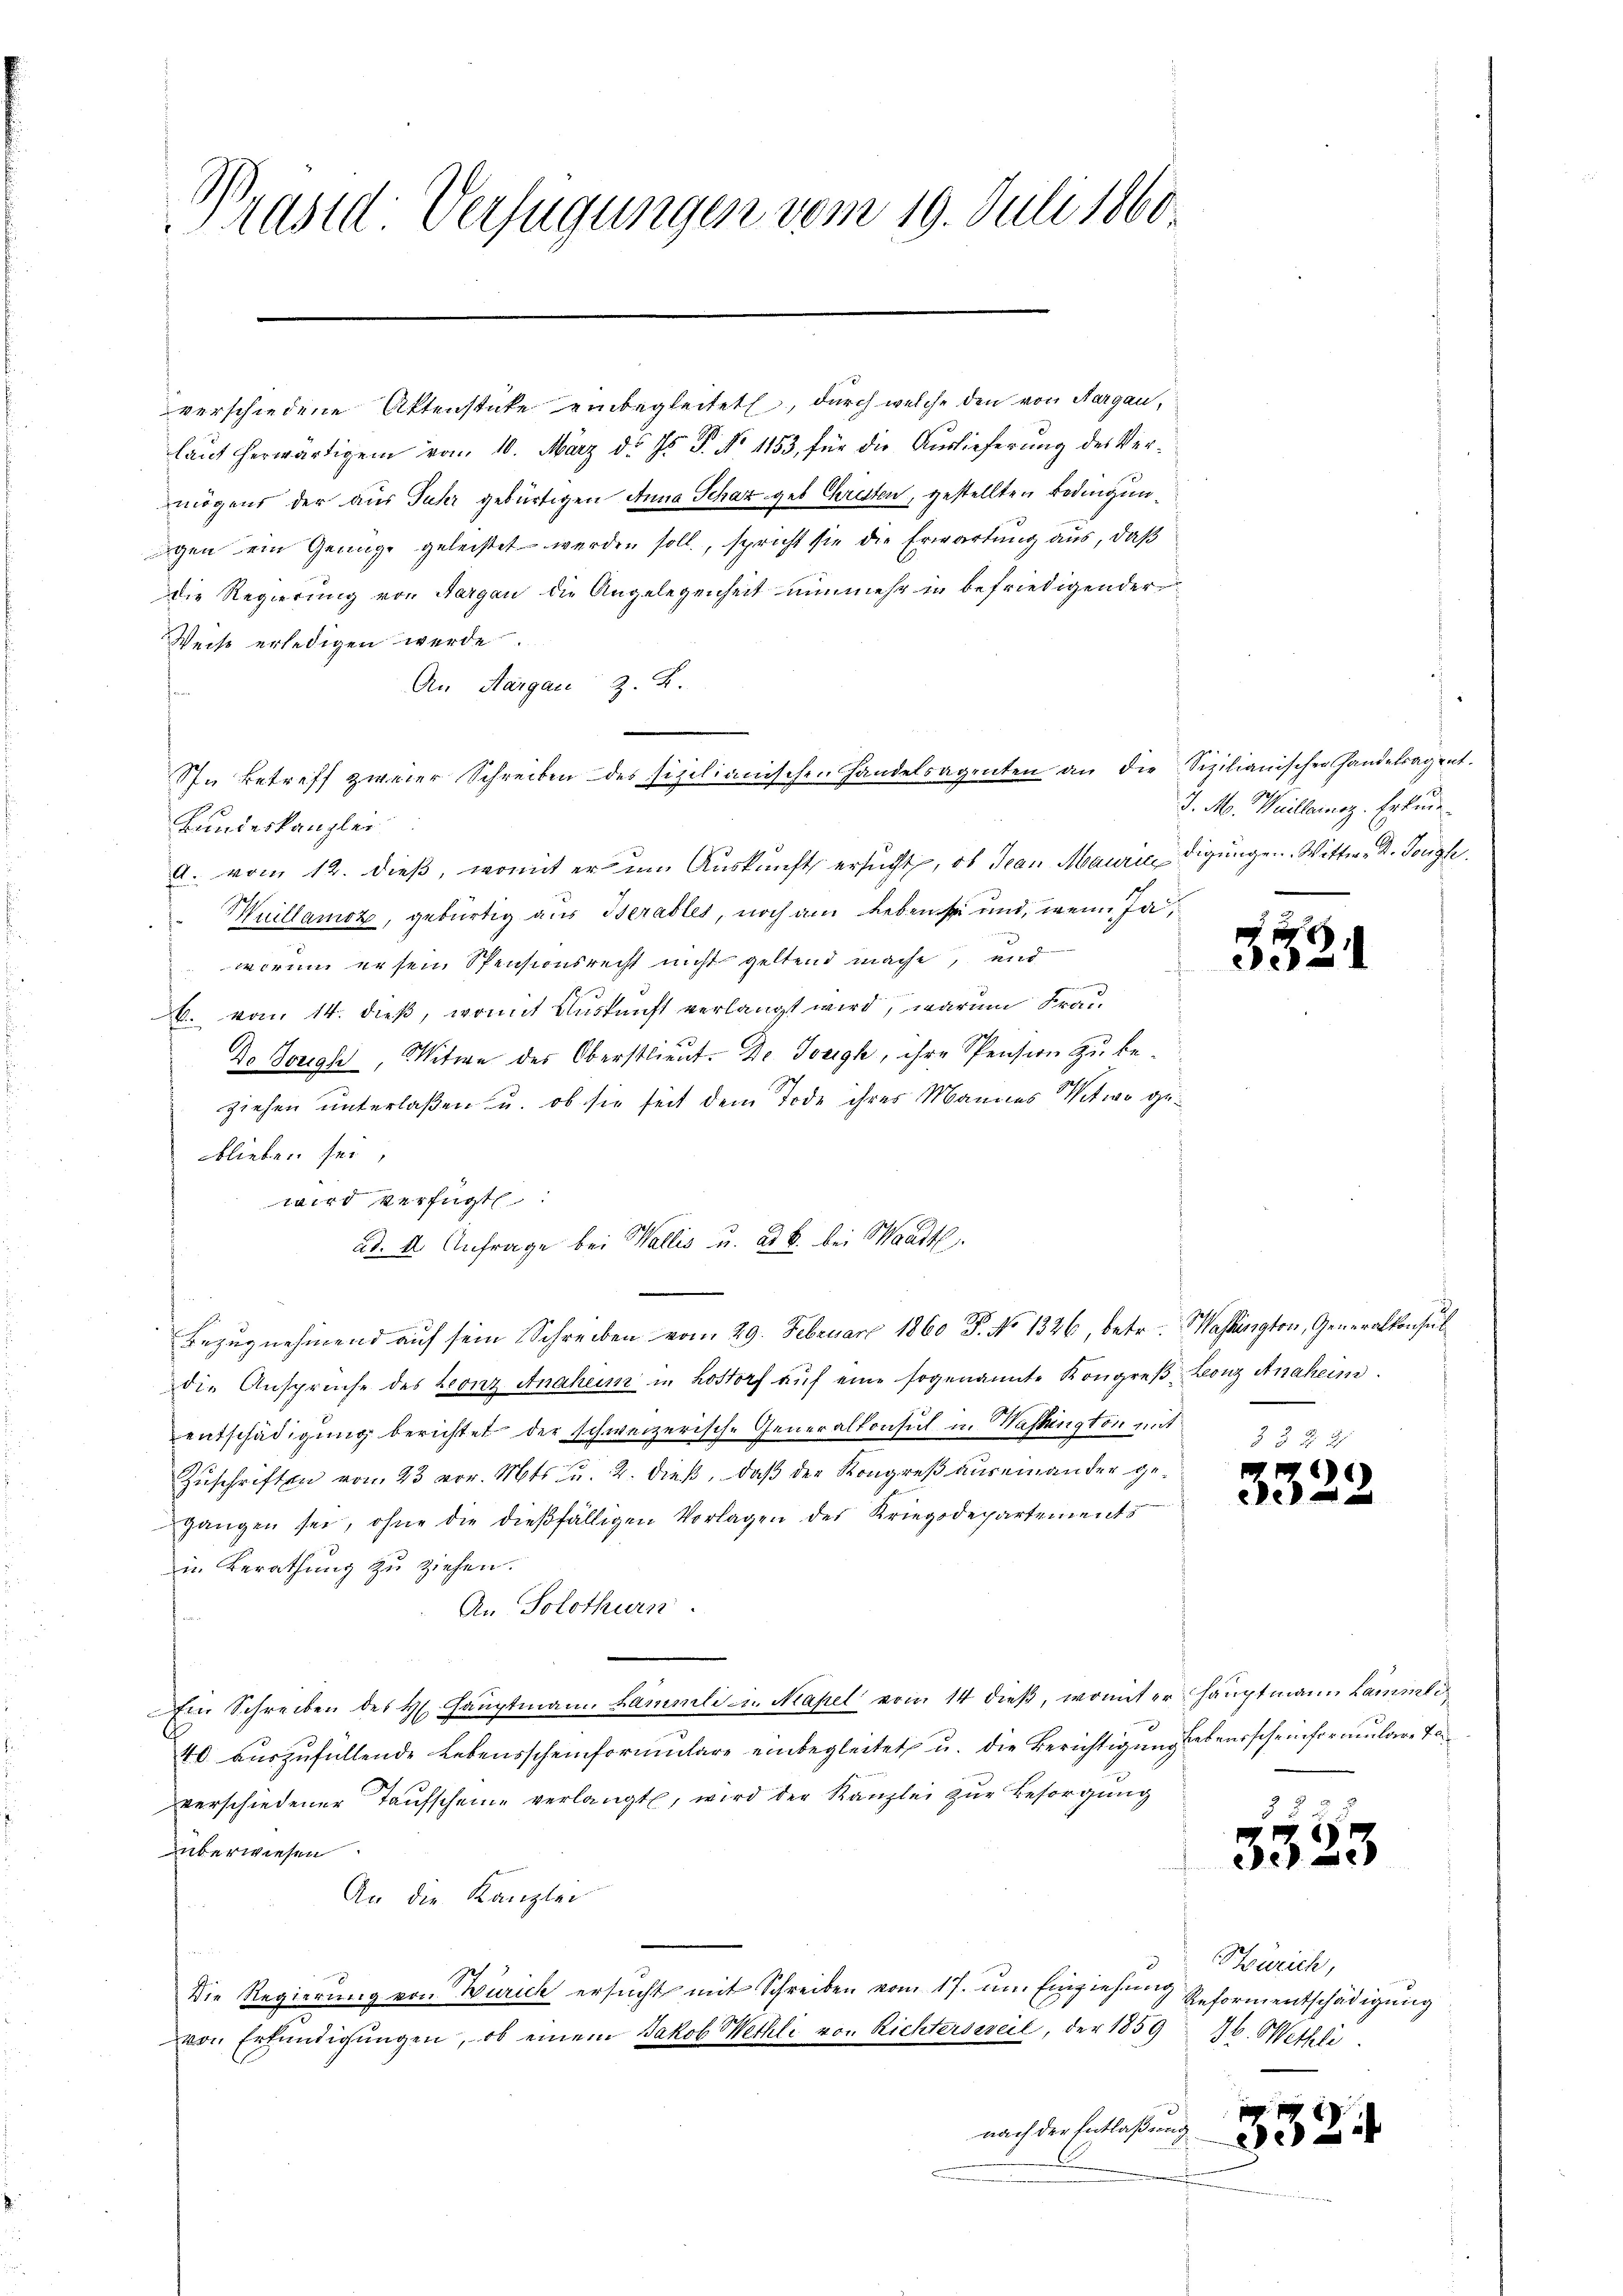
Präsid Verfügungen vom 19. Juli 1860.

verschiedene Aktenstücke einbegleitet, durch welche den von Aargau,
laut herwärtigen vom 10. März d. Js. S. No 1153, für die Auslieferung des Ver-
mögens der aus Fuhr gebürtigen Anna Schaz geb. Christen, gestellten Bedingungen ein Genüge geleistet werden soll, spricht sie die Erwartung aus, daß
die Regierung von Aargau die Angelegenheit nunmehr in befriedigender
Weise erledigen werde.
An Aargau z. B.
f
Bundeskanzle
A. vom 12. dieß, womit er um Auskunft ersucht, ob Jean Maurie digungen. Wittwe d. Jough
Huillamoz, gebürtig aus Berables, noch am Leben sei und, wenn Jaworum ersen Spensionsrecht nicht geltend mache, und
b. vom 14. dieß, womit Auskunft verlangt wird, warum Frau
Do Joseph, Witwe des Oberstlieut. Dr. Joseph, ihre Pension zu beziehen unterlaßen u. ob sie seit dem Tode ihres Mannes Witwe geblieben sei
wird verfügt:
ad. 4. Anfrage bei Wallis u. ad b. bei Waadt.
Bezugnehmend auf sein Schreiben vom 29. Februar 1860 P. No 1326, betr. Washington, Generalkonsul
die Ansprüche des Leonz Anahen in Lostorf aŭf eine sogenannte Kongreβ Leonz Anaheim.
entschädigung berichtet der schweizerische Generalkonsul in Washington mit
Zuschriften vom 23 vor. Mts. u. 2. dieß, daß der Kongreß auseinander gegangen sei, ohne die dießfälligen Vorlagen des Kriegsdepartements
in Berathung zu ziehen.
An Solothurn.
Ein Schreiben des H. Haŭptmann Sammli in Masel vom 14 dieβ, womit er hauptmann Lämmli
40 auszufüllende Lebensscheinformulare einbegleitet, u. die Berichtigung ebensscheinformulare Te
verschiedener Taufscheine verlangt, wird der Kanzlei zur Besorgung
überwiesen.
An die Kanzlei
e
Die Regierung von Zürich ersucht mit Schreiben vom 17. um Einziehung Reformentschädigung
von Erfündigŭngen, ob einem Jakob Wethli von Richtersweil, der 1859 16. Mettli
nach der Entlaßung

In Betreff zweier Schreiben des sizilianischen Handelsagenten an die Sizilianischen Handelsagent.

J. M. Weillernoz. Erkun

g
32.

1

1
ce

d

ee)

Zürich,

335

¬